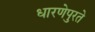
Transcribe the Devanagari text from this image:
धारणेपुरते